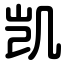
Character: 凯